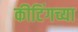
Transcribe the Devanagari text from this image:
कीटिंगच्या